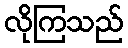
လိုကြသည်